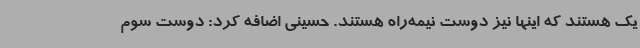
یک هستند که اینها نیز دوست نیمه‌راه هستند. حسینی اضافه کرد: دوست سوم